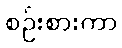
စဉ်းစားကာ